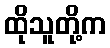
ထိုသူတို့က